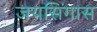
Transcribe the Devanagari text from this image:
जयसिंगास